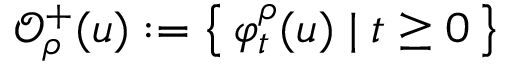
\mathcal { O } _ { \rho } ^ { + } ( u ) : = \left\{ \, \varphi _ { t } ^ { \rho } ( u ) \; \vert \; t \geq 0 \, \right\}